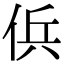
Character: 㑟